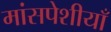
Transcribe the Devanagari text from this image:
मांसपेशीयाँ